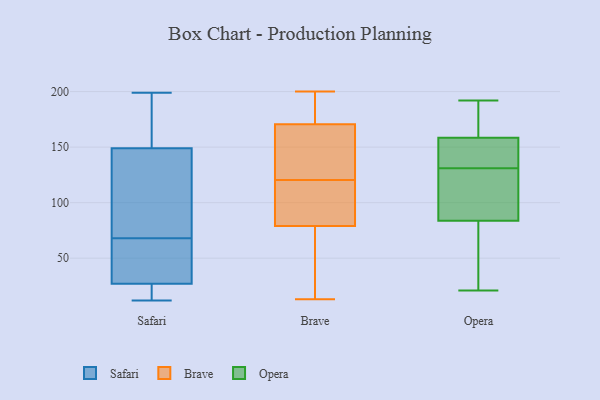
{"axis": {"x": "Production Output", "y": "Value"}, "legend": ["Brave", "Opera", "Safari"], "data": [{"x": "", "y": 169, "type": "Safari"}, {"x": "", "y": 51, "type": "Safari"}, {"x": "", "y": 64, "type": "Safari"}, {"x": "", "y": 118, "type": "Safari"}, {"x": "", "y": 21, "type": "Safari"}, {"x": "", "y": 12, "type": "Safari"}, {"x": "", "y": 33, "type": "Safari"}, {"x": "", "y": 19, "type": "Safari"}, {"x": "", "y": 72, "type": "Safari"}, {"x": "", "y": 161, "type": "Safari"}, {"x": "", "y": 199, "type": "Safari"}, {"x": "", "y": 59, "type": "Safari"}, {"x": "", "y": 96, "type": "Safari"}, {"x": "", "y": 27, "type": "Safari"}, {"x": "", "y": 20, "type": "Safari"}, {"x": "", "y": 149, "type": "Safari"}, {"x": "", "y": 146, "type": "Safari"}, {"x": "", "y": 196, "type": "Safari"}, {"x": "", "y": 189, "type": "Brave"}, {"x": "", "y": 13, "type": "Brave"}, {"x": "", "y": 200, "type": "Brave"}, {"x": "", "y": 87, "type": "Brave"}, {"x": "", "y": 170, "type": "Brave"}, {"x": "", "y": 82, "type": "Brave"}, {"x": "", "y": 171, "type": "Brave"}, {"x": "", "y": 79, "type": "Brave"}, {"x": "", "y": 168, "type": "Brave"}, {"x": "", "y": 14, "type": "Brave"}, {"x": "", "y": 125, "type": "Brave"}, {"x": "", "y": 78, "type": "Brave"}, {"x": "", "y": 19, "type": "Brave"}, {"x": "", "y": 79, "type": "Brave"}, {"x": "", "y": 92, "type": "Brave"}, {"x": "", "y": 183, "type": "Brave"}, {"x": "", "y": 116, "type": "Brave"}, {"x": "", "y": 177, "type": "Brave"}, {"x": "", "y": 125, "type": "Brave"}, {"x": "", "y": 149, "type": "Brave"}, {"x": "", "y": 185, "type": "Opera"}, {"x": "", "y": 21, "type": "Opera"}, {"x": "", "y": 131, "type": "Opera"}, {"x": "", "y": 101, "type": "Opera"}, {"x": "", "y": 81, "type": "Opera"}, {"x": "", "y": 92, "type": "Opera"}, {"x": "", "y": 192, "type": "Opera"}, {"x": "", "y": 161, "type": "Opera"}, {"x": "", "y": 151, "type": "Opera"}, {"x": "", "y": 148, "type": "Opera"}, {"x": "", "y": 30, "type": "Opera"}]}